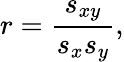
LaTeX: r=\frac{s_{xy}}{s_{x}s_{y}},